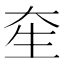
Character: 𤯗